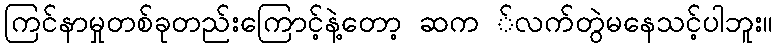
ကြင်နာမှုတစ်ခုတည်းကြောင့်နဲ့တော့ ဆက ်လက်တွဲမနေသင့်ပါဘူး။